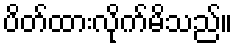
ပိတ်ထားလိုက်မိသည်။